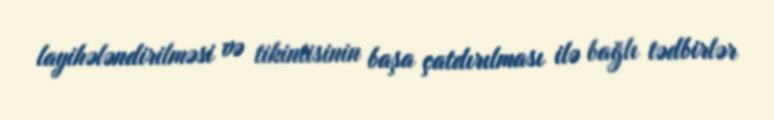
layihələndirilməsi və tikintisinin başa çatdırılması ilə bağlı tədbirlər